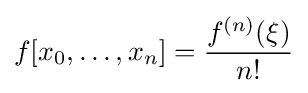
f[x_{0},\dots ,x_{n}]={\frac {f^{(n)}(\xi )}{n!}}